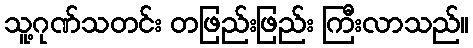
သူ့ဂုဏ်သတင်း တဖြည်းဖြည်း ကြီးလာသည်။